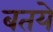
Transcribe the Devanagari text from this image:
बतये